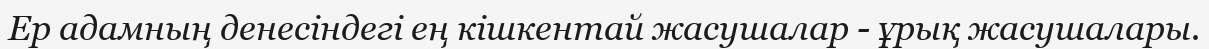
Ер адамның денесіндегі ең кішкентай жасушалар - ұрық жасушалары.